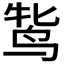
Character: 𬸋